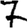
Digit: 7